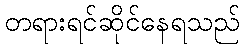
တရားရင်ဆိုင်နေရသည်